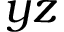
y z